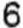
6